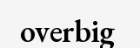
overbig